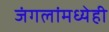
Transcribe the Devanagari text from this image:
जंगलांमध्येही